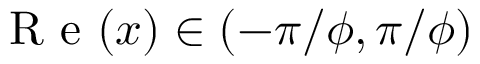
\mathrm { ~ R ~ e ~ } ( x ) \in ( - \pi / \phi , \pi / \phi )